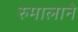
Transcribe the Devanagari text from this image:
रुमालाने